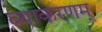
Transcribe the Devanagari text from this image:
व्याकरणम्